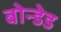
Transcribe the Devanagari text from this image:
बोन्‍डेड